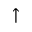
\uparrow